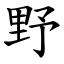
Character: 野